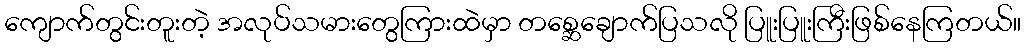
ကျောက်တွင်းတူးတဲ့ အလုပ်သမားတွေကြားထဲမှာ တစ္ဆေချောက်ပြသလို ပြူးပြူးကြီးဖြစ်နေကြတယ်။